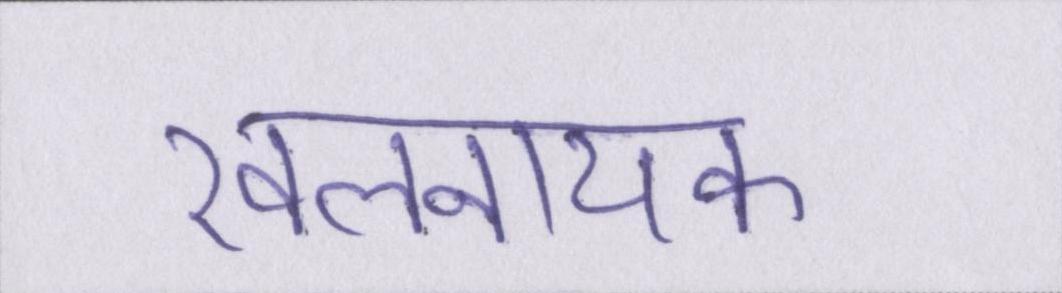
खलनायक